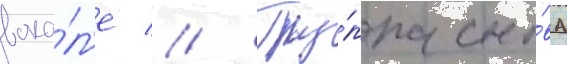
вока́л'е // Гру́ппа сно́ва